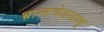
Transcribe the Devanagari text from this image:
भ्रान्तचेतसाम्